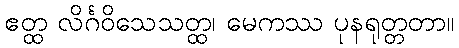
ဧတ္ထ လိင်္ဂဝိသေသတ္ထ၊ မေကဿ ပုနရုတ္တတာ။